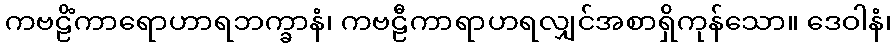
ကဗဠိံကာရောဟာရဘက္ခာနံ၊ ကဗဠီကာရာဟရလျှင်အစာရှိကုန်သော။ ဒေဝါနံ၊